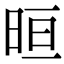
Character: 晅